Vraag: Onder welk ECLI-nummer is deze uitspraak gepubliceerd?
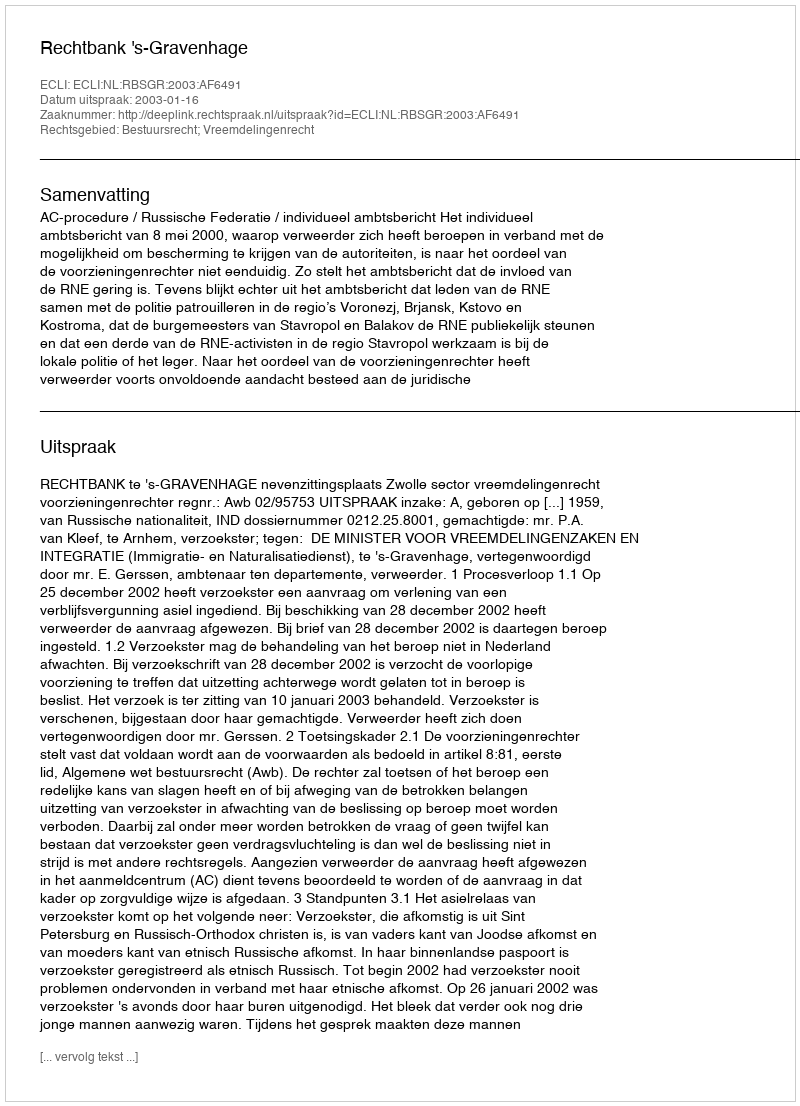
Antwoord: ECLI:NL:RBSGR:2003:AF6491